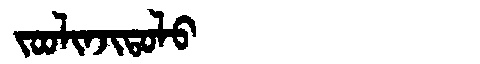
Manchu: ᠵᠣᠣᠯᡳᠨᠵᡳᡨᠣᠯᠣ
Romanization: JOOLINJITOLO